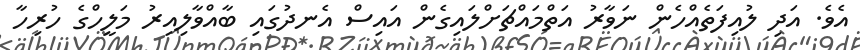
އެވެ. އަދި ލުއިފަތެއްހެން ނަވާރު އަތްމައްޗަށްލައިގެން އައިސް އެނދުގައި ބާއްވާލިއިރު މަލީހްގެ ހުރިހާ